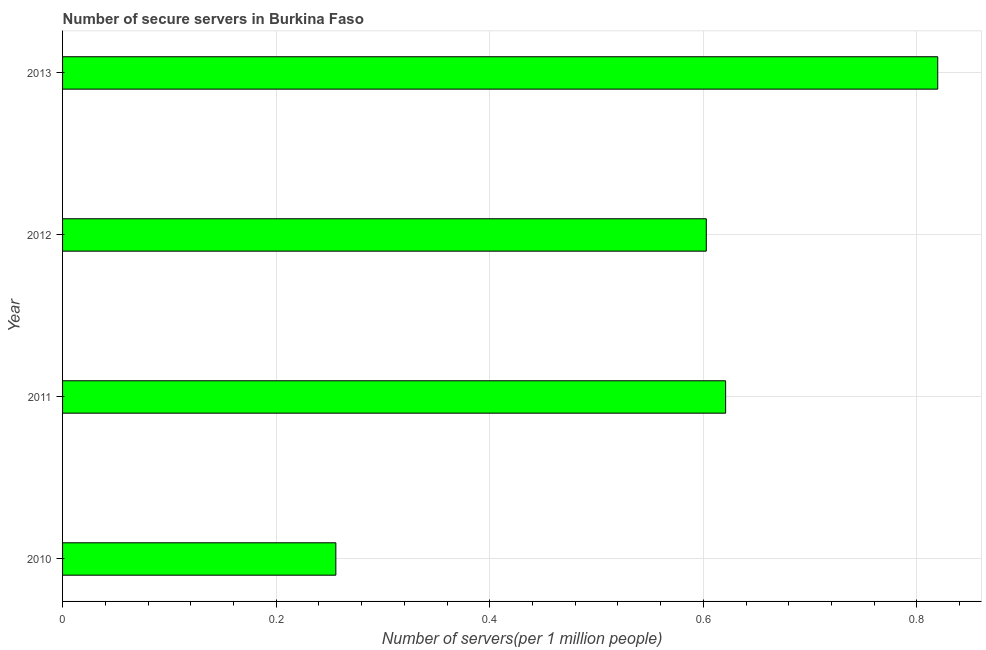
| Year | Secure Internet servers |
 | --- | --- |
 | 2010 | 0.256 |
 | 2011 | 0.621 |
 | 2012 | 0.603 |
 | 2013 | 0.819 |